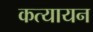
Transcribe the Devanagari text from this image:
कत्यायन